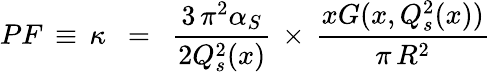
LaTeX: PF\, \equiv\, \kappa\, \, \, =\, \, \, \frac{3\, \pi^{2}\alpha_{S}}{2Q_{s}^{2}(x)}\, \times\, \frac{xG(x,Q_{s}^{2}(x))}{\pi\, R^{2}}\, \,